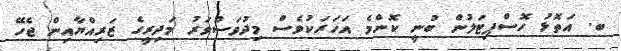
ބ. އަތޮޅު ހޮސްޕިޓަލުން ބުނީ ކޮންމެ އަހަރަކުވެސް މިދުވަސްވަރު މަދިރީގެ ޒަރިއްޔާއިން ޖެހޭ